Annual returns of the Patna Lunatic Asylum at Bankipore in Bihar and Orissa - 1912-1924
Year: 1912
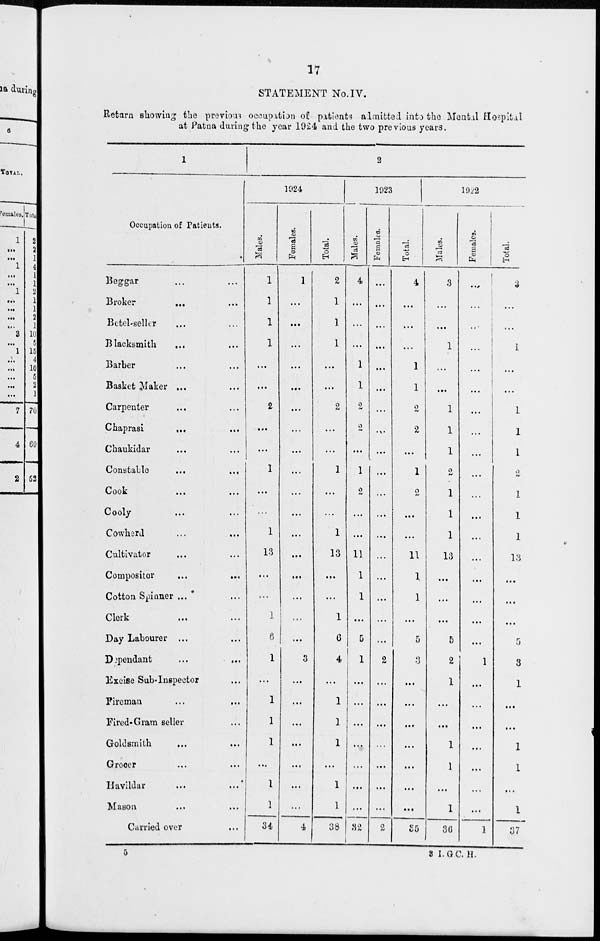
17
STATEMENT No.IV.
Return showing the previous occupation of patients admitted into the Mental Hospital
at Patna during the year 1924 and the two previous years.
1
Occupation of Patients.
Beggar ... ...
Broker ... ...
Betel-seller ... ...
Blacksmith
... ...
Barber ... ...
Basket Maker ... ...
Carpenter ... ...
Chaprasi ... ...
Chaukidar ... ...
Constable ... ...
Cook ... ...
Cooly ... ...
Cowherd ... ...
Cultivator ... ...
Compositor
...
...
Cotton Spinner ... ...
Clerk ... ...
Day Labourer ... ...
Dependant
...
...
Excise Sub-Inspector ...
Fireman ... ...
Fired-Gram seller ...
Goldsmith ... ...
Grooer ... ...
Havildar
...
...
Mason ... ...
Carried over ...
2
1924
Males.
1
1
1
1
...
...
2
...
...
1
...
...
1
13
...
...
1
6
1
...
1
1
1
...
1
1
34
Females.
1
...
...
...
...
...
...
...
...
...
...
...
...
...
...
...
...
...
3
...
...
...
...
...
...
...
4
Total.
2
1
1
1
...
...
2
...
...
1
...
...
1
13
...
...
1
6
4
...
1
1
1
...
1
1
38
1923
Males.
4
...
...
...
1
1
2
2
...
1
2
...
...
11
1
1
...
5
1
...
...
...
...
...
...
...
32
Females.
...
...
...
...
...
...
...
...
...
...
...
...
...
...
...
...
...
...
2
...
...
...
...
...
...
...
2
Total.
4
...
...
...
1
1
2
2
...
1
2
...
...
11
1
1
...
5
3
...
...
...
...
...
...
...
35
1922
Males.
3
...
...
1
...
...
1
1
1
2
1
1
1
13
...
...
...
5
2
1
...
...
1
1
...
1
36
Females.
...
...
...
...
...
...
...
...
...
...
...
...
...
...
...
...
...
...
1
...
...
...
...
...
...
...
1
Total.
3
...
...
1
...
...
1
1
1
...
1
1
1
13
...
...
...
5
3
1
...
...
1
1
...
1
37
5
3 I.G.C. H.